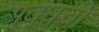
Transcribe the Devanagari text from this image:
अवघची